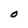
Character: O